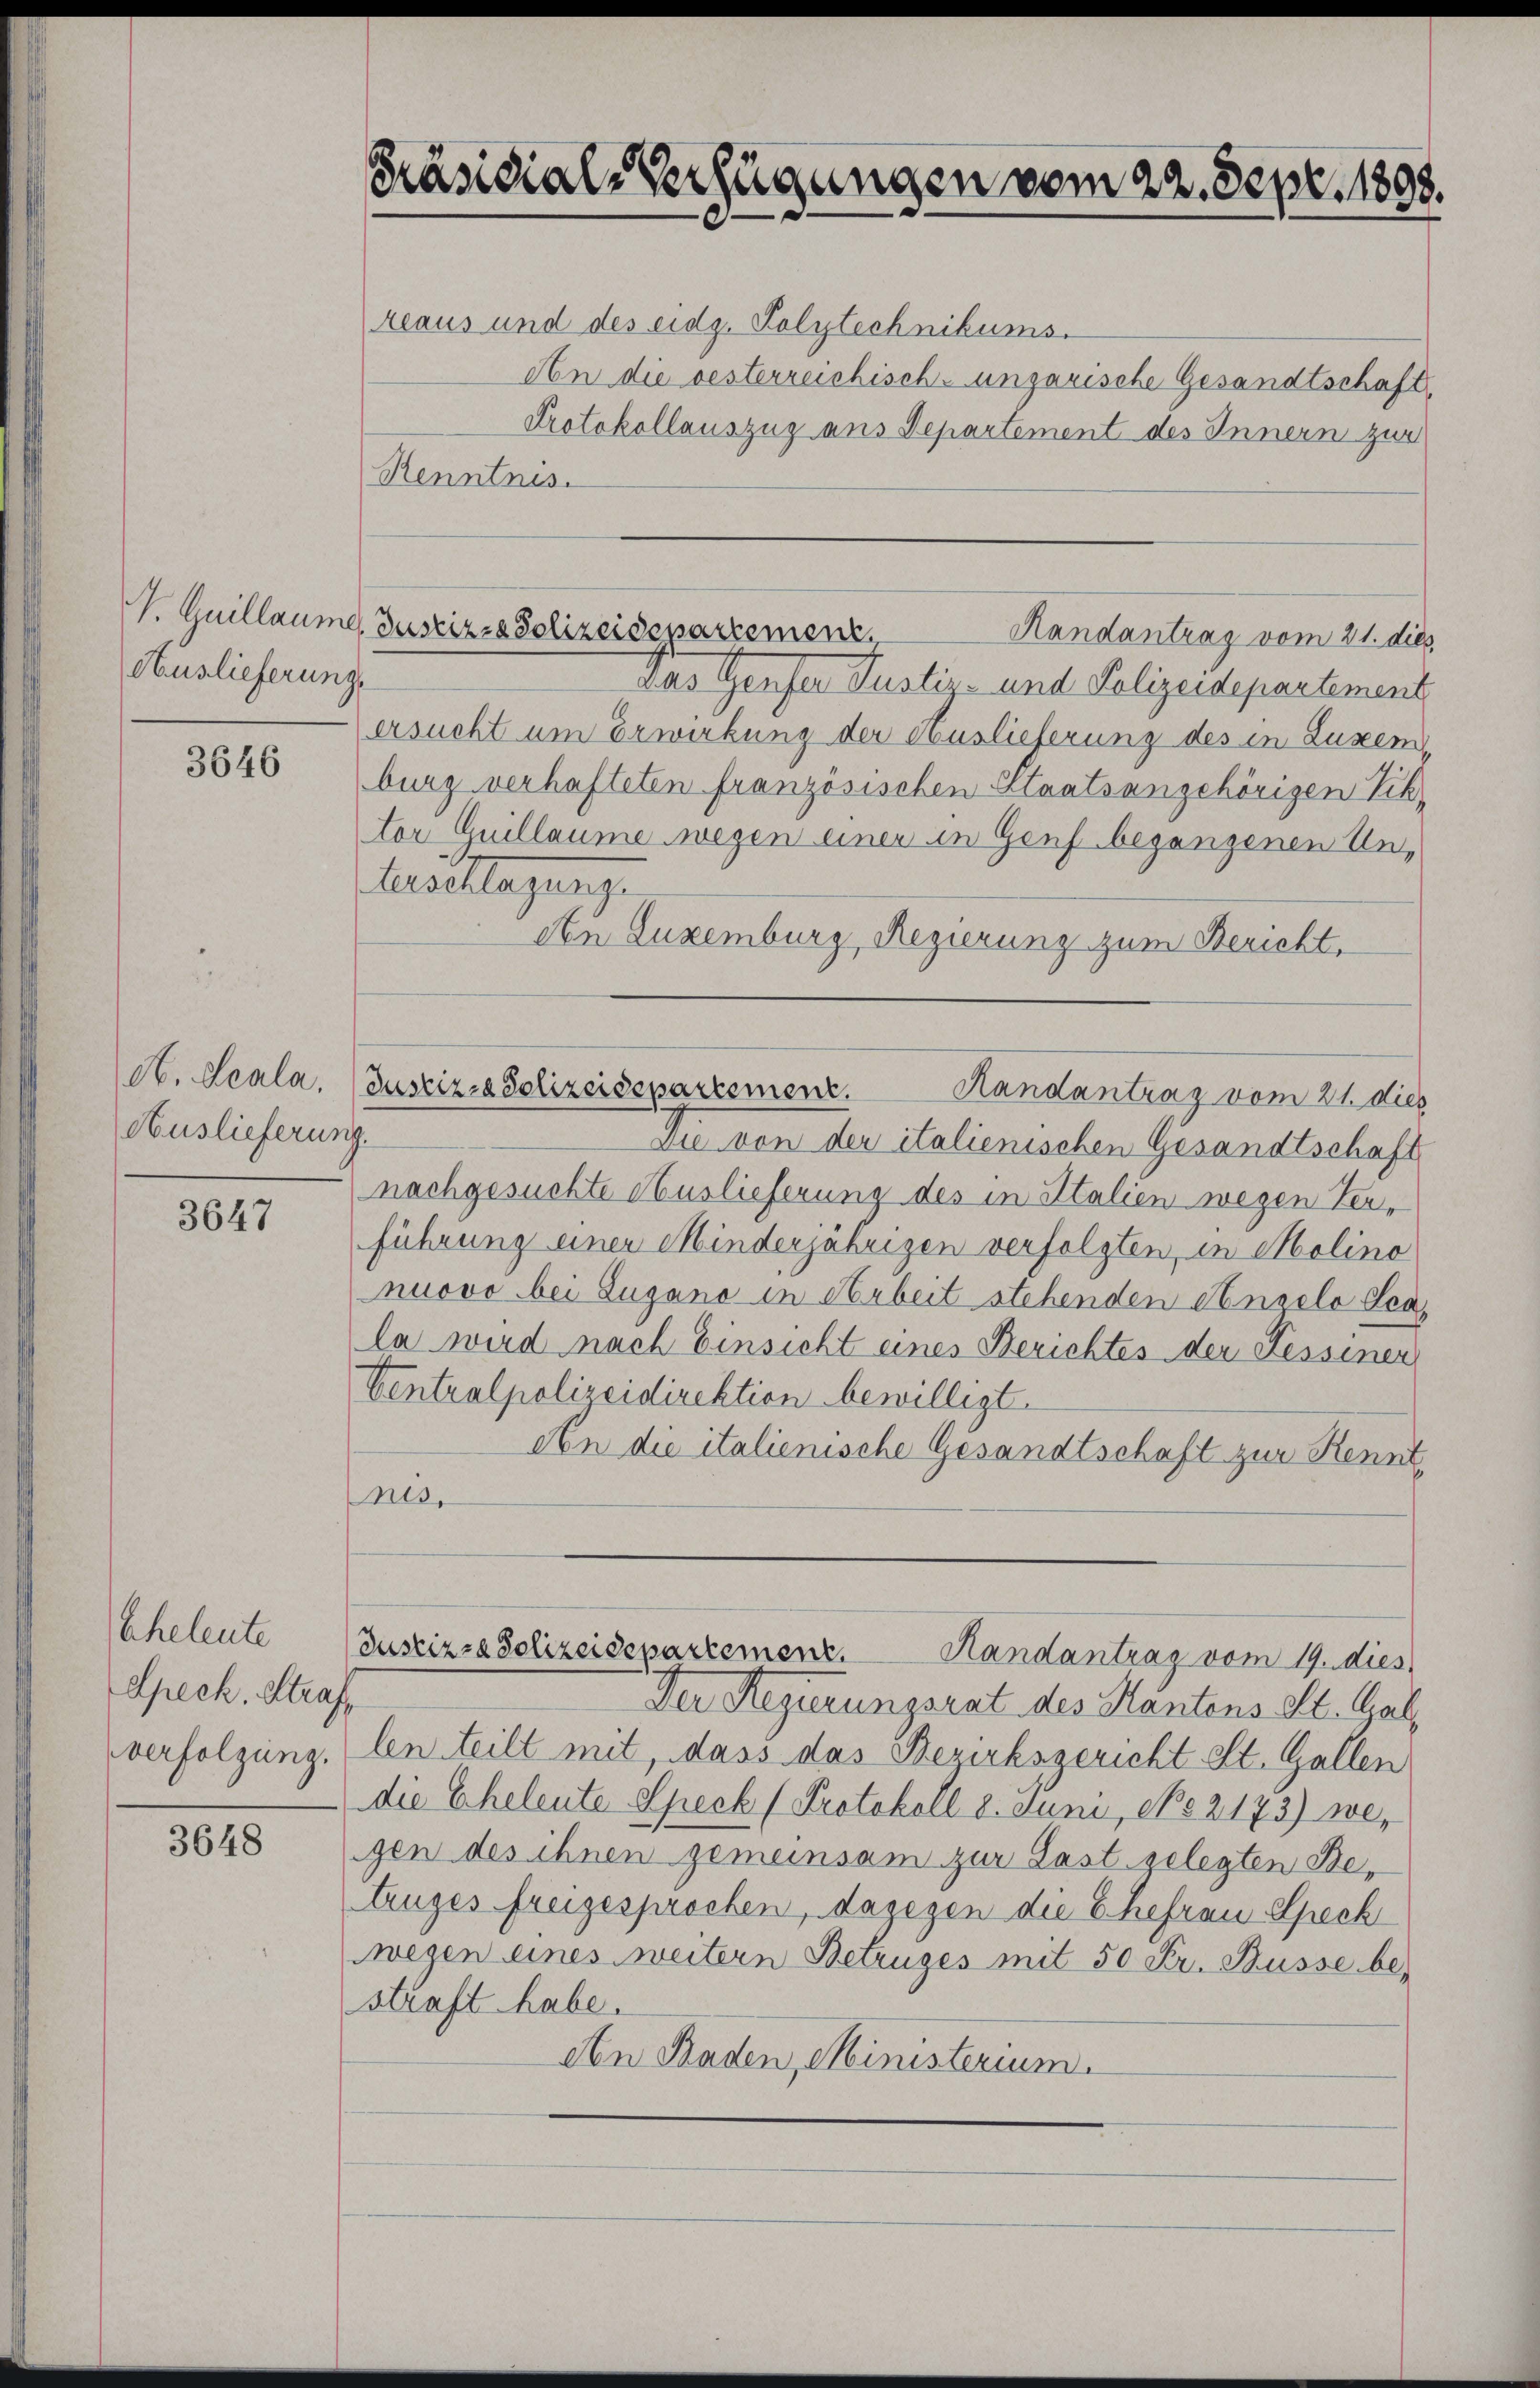
Auslieferungs

3646

A. Leala,
Auslieferung.

3647

Eheleute
Speck. Straf,
verfolgung.

3648

Präsidial-Verfügungen vom 22. Sept. 1898.

reaus und des eidg. Polytechnikums.
An die oesterreichisch-ungarische Gesandtschaft
Protokollauszug aus Departement des Innern zur
Renntnis.
Das Genfer Justiz- und Polizeidepartement
ersucht um Erwirkung der Auslieferung des in Luxen
burg verhafteten französischen Staatsangehörigen Vik-
tor Guillaume wegen einer in Genf begangenen Un¬
Auschlagung.
etn Luxenburg, Regierung zum Bericht,
Die von der italienischen Gesandtschaft
nachgesuchte Auslieferung des in Italien wegen Verführung einer Minderjährigen verfolgten, in Molino
nuovo bei Zugano in Arbeit stehenden Anoelo Lea-
la wird nach Einsicht eines Berichtes der Kessinen
Ventralpolizeidirektion bewilligt.
een die italienische Gesandtschaft zur Kenntnis,
Justizra Polizeidepartement
Randantrag vom 19. dies
Der Regierungsrat des Kantons St. Gal
len teilt mit, dass das Bezirksgericht St. Gallen
die Eheleute Speck (Protokoll 8. Juni, No 2173) we-
gen des ihnen gemeinsam zur Last gelegten Betruges freigesprochen, dagegen die Ehefrau Speck
wegen eines weitern Betruges mit 50 Fr. Büsse bestraft habe.
An Baden, Ministerium.

P. Guillaume Zustiz- & Polizeidenartement.
Randantrag vom 21. dies

Justiz- & Polizeidepartement. Handantrag vom 21. dies